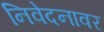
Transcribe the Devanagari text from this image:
निवेदनावर